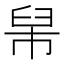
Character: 𦥡